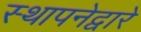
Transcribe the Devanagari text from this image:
स्थापनेद्वारे